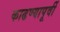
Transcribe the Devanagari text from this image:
काढण्यापूर्वी